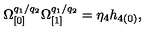
\Omega _ { \lbrack 0 ] } ^ { q _ { 1 } / q _ { 2 } } \Omega _ { \lbrack 1 ] } ^ { q _ { 1 } / q _ { 2 } } = \eta _ { 4 } h _ { 4 ( 0 ) } ,